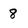
Character: 8